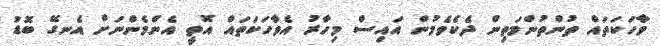
ވާހަކަތައް ތުންތުންމަތިން ދެކެވެމުން އައިސް މިހާރު އެވާހަކަތައް އޮތީ އެންމެންނަށް އެނގޭ ބޮޑު